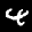
Label: 4